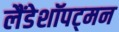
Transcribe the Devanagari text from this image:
लैंडेशॉपट्मन